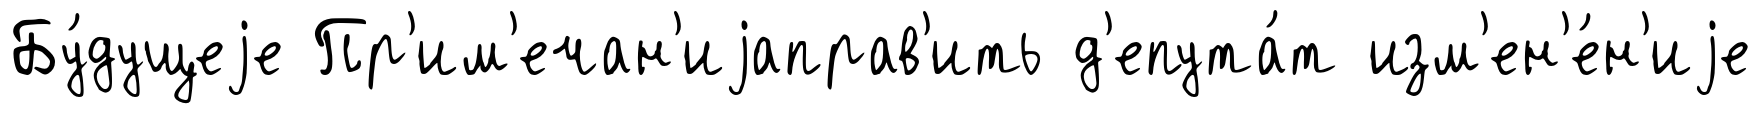
Бу́дущеjе Пр'им'ечан'иjаправ'ить д'епута́т изм'ен'е́н'иjе